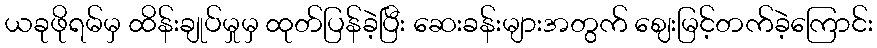
ယခုဖိုရမ်မှ ထိန်းချုပ်မှုမှ ထုတ်ပြန်ခဲ့ပြီး ဆေးခန်းများအတွက် ဈေးမြင့်တက်ခဲ့ကြောင်း